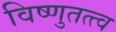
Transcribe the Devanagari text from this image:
विष्णुतत्त्व